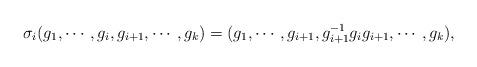
LaTeX: \begin{align*}\sigma_i (g_1,\cdots, g_i, g_{i+1}, \cdots,g_k)=(g_1,\cdots, g_{i+1}, g^{-1}_{i+1}g_ig_{i+1}, \cdots,g_k), \end{align*}